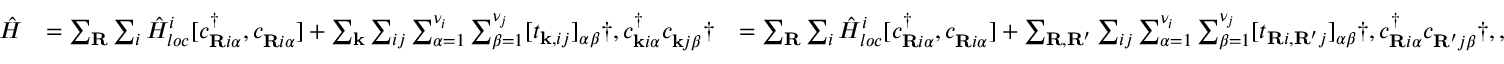
\begin{array} { r l r } { \hat { H } } & { = \sum _ { \mathbf { R } } \sum _ { i } \hat { H } _ { l o c } ^ { i } [ c _ { \mathbf { R } i \alpha } ^ { \dagger } , c _ { \mathbf { R } i \alpha } ^ { \phantom { \dagger } } ] + \sum _ { \mathbf { k } } \sum _ { i j } \sum _ { \alpha = 1 } ^ { \nu _ { i } } \sum _ { \beta = 1 } ^ { \nu _ { j } } [ t _ { \mathbf { k } , i j } ] _ { \alpha \beta } \dag , c _ { \mathbf { k } i \alpha } ^ { \dagger } c _ { \mathbf { k } j \beta } ^ { \phantom { \dagger } } \dag } & { = \sum _ { \mathbf { R } } \sum _ { i } \hat { H } _ { l o c } ^ { i } [ c _ { \mathbf { R } i \alpha } ^ { \dagger } , c _ { \mathbf { R } i \alpha } ^ { \phantom { \dagger } } ] + \sum _ { \mathbf { R } , \mathbf { R ^ { \prime } } } \sum _ { i j } \sum _ { \alpha = 1 } ^ { \nu _ { i } } \sum _ { \beta = 1 } ^ { \nu _ { j } } [ t _ { \mathbf { R } i , \mathbf { R ^ { \prime } } j } ] _ { \alpha \beta } \dag , c _ { \mathbf { R } i \alpha } ^ { \dagger } c _ { \mathbf { R ^ { \prime } } j \beta } ^ { \phantom { \dagger } } \dag , , } \end{array}